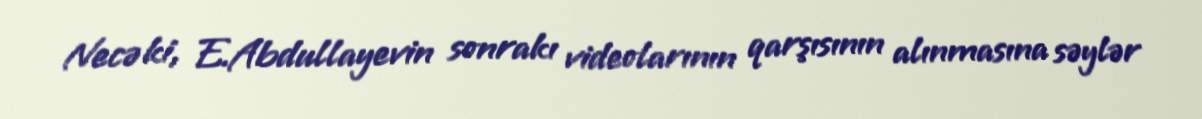
Necə ki, E.Abdullayevin sonrakı videolarının qarşısının alınmasına səylər